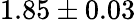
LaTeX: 1.85\pm 0.03